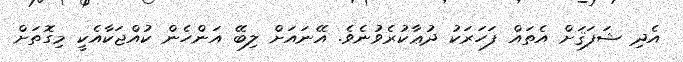
އެދި ޝަފަޤަށް އެތައް ފަހަރަކު ދުޢާކުރެވުނެވެ. އޭނައަށް ލިބޭ އަންހެން ކުއްޖަކާއެކީ މިގޮތަށް